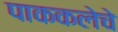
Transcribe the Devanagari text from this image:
पाककलेचे